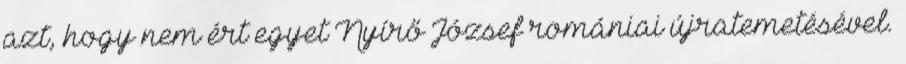
azt, hogy nem ért egyet Nyírő József romániai újratemetésével.